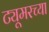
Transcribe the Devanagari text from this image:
ट्यूमरच्या